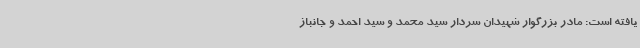
یافته است: مادر بزرگوار شهیدان سردار سید محمد و سید احمد و جانباز